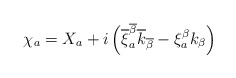
\begin{align*}\chi_a = X_a +i\left( \overline{\xi}^{\overline{\beta}}_a\overline{k}_{\overline{\beta}}-\xi^{\beta}_a k_\beta \right)\end{align*}